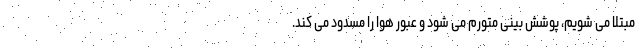
مبتلا می شویم، پوشش بینی متورم می شود و عبور هوا را مسدود می کند.